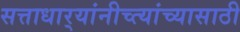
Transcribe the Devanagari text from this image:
सत्ताधार्‍यांनीच्त्यांच्यासाठी